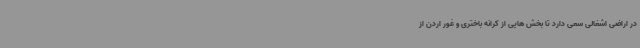
در اراضی اشغالی سعی دارد تا بخش هایی از کرانه باختری و غور اردن از